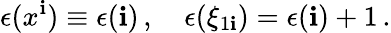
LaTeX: \epsilon(x^{\mathbf{i}})\equiv\epsilon(\mathbf{i})\, ,\quad\epsilon(\xi_{1\mathbf{i}})=\epsilon(\mathbf{i})+1\, .